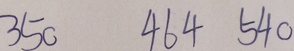
3 5 0 4 6 4 5 4 0